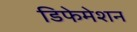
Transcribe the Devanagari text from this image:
डिफेमेशन